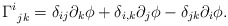
\begin{align*} \Gamma^i_{\: \: jk} = \delta_{ij} \partial_k \phi + \delta_{i,k} \partial_j \phi- \delta_{jk} \partial_i \phi.\end{align*}